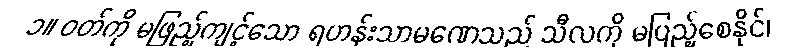
၁။ ဝတ်ကို မဖြည့်ကျင့်သော ရဟန်းသာမဏေသည် သီလကို မပြည့်စေနိုင်၊